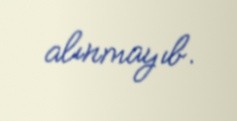
alınmayıb.